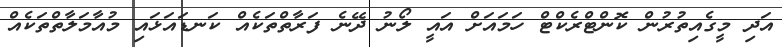
އަދި މީގެއިތުރުން ކޮންޓްރެކްޓް ހަމައަށް އައީ ލޯނު ދޭނެ ފަރާތްތަކެއް ކަނޑައަޅައި މުއާމަލާތްތަކެއް